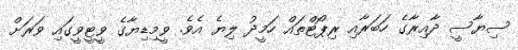
ސިޔާސީ ދާއިރާގެ ހަބަރާއި ރިޕޯޓްތައް ހަމީދު ލިޔެ އެވެ. ވީމިޑިޔާގެ ވީޓީވީގައި ވަރަށް